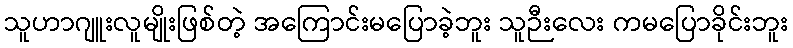
သူဟာဂျူးလူမျိုးဖြစ်တဲ့ အကြောင်းမပြောခဲ့ဘူး သူဉီးလေး ကမပြောခိုင်းဘူး